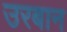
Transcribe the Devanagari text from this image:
उरबान